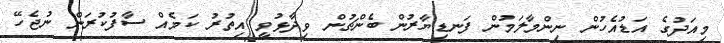
މިއަދުގެ އަޑުއެހުން ނިންމާލަމުން ފަނޑިޔާރުން ބެންޗުން ވިދާޅުވީ އިތުރު ކަމެއް ސާފުކުރަން ނުޖެހޭ